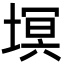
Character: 塓